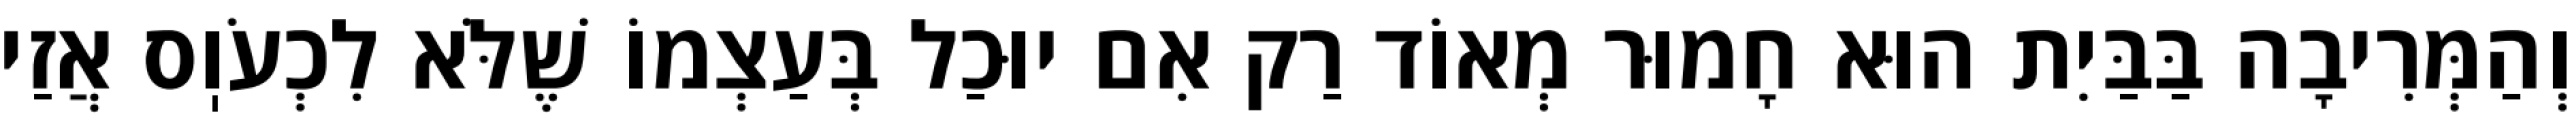
וְהַמְּרִיבָה בַּבַּיִת הוּא חָמוּר מְאוֹד רַק אִם יוּכַל בְּעַצְמוֹ שֶׁלֹּא לִכְעֹוֽס אֲזַי